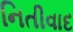
નિતીવાદ